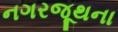
નગરજૂથના